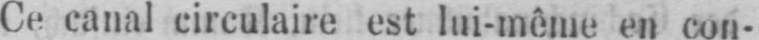
Ce canal circulaire est lui-même en con-